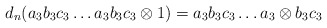
\begin{align*}d_n(a_3b_3c_3 \dots a_3b_3c_3 \otimes 1) = a_3b_3c_3 \dots a_3 \otimes b_3c_3\end{align*}